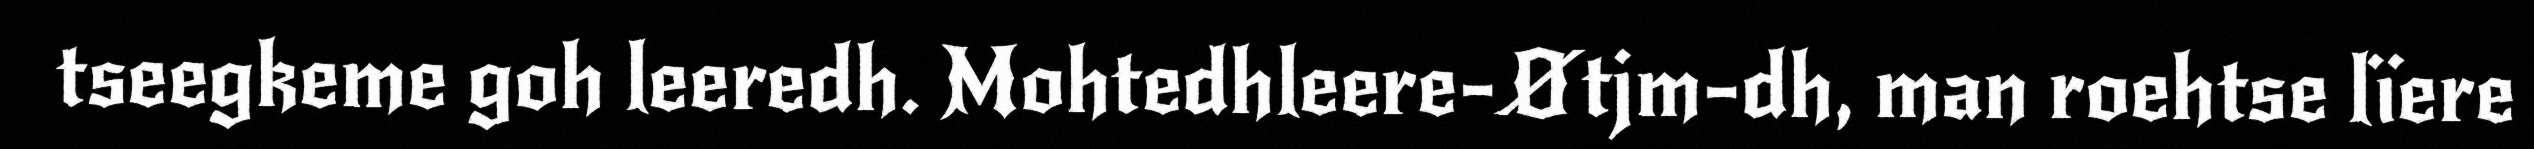
tseegkeme goh leeredh. Mohtedhleere-Øtjm-dh, man roehtse lïere